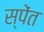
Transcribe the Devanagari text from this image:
स्पेंत